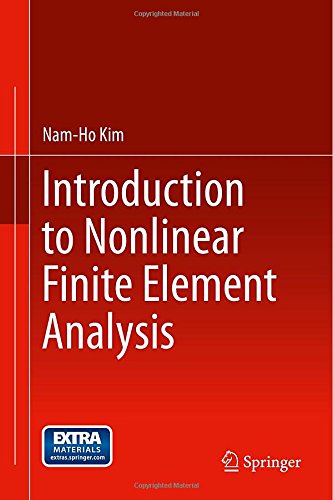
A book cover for Introduction to Nonlinear Finite Element Analysis; Nam-Ho Kim; Science & Math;